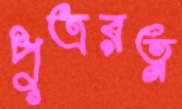
পুত্ররত্ন